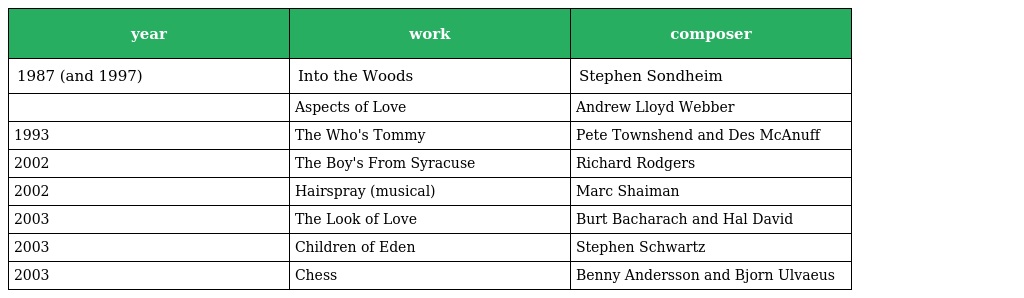
| year | work | composer |
 | --- | --- | --- |
 | 1987 (and 1997) | Into the Woods | Stephen Sondheim |
 |  | Aspects of Love | Andrew Lloyd Webber |
 | 1993 | The Who's Tommy | Pete Townshend and Des McAnuff |
 | 2002 | The Boy's From Syracuse | Richard Rodgers |
 | 2002 | Hairspray (musical) | Marc Shaiman |
 | 2003 | The Look of Love | Burt Bacharach and Hal David |
 | 2003 | Children of Eden | Stephen Schwartz |
 | 2003 | Chess | Benny Andersson and Bjorn Ulvaeus |